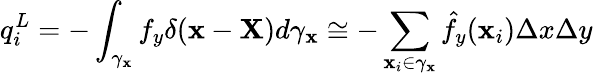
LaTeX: q_{i}^{L}=-\int_{\gamma_{\mathbf{x}}}{f}_{y}\delta(\mathbf{x}-\mathbf{X})d\gamma_{\mathbf{x}}\cong-\sum_{\mathbf{x}_{i}\in\gamma_{\mathbf{x}}}\hat{{f}_{y}}(\mathbf{x}_{i})\Delta x\Delta y